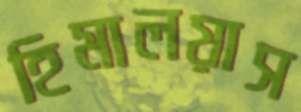
হিমালয়াস